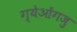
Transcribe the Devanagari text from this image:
ग्येओंगजु